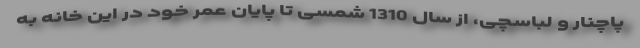
پاچنار و لباسچی، از سال 1310 شمسی تا پایان عمر خود در این خانه‌ به